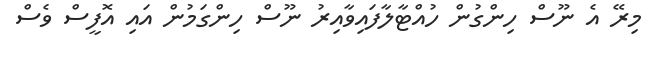
މިރޭ އެ ނޫސް ހިންގުން ހުއްޓާލާފައިވާއިރު ނޫސް ހިންގަމުން އައި އޮފީސް ވެސް